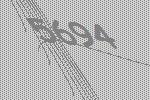
5694